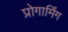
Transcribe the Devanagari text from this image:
प्रोगार्मिंग